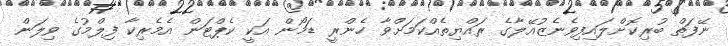
ނޭފަތް ބުރިކޮށްލައިފިވެނެޒުއޭލާގެ ރައްޔިތެއްކަމަށްވާ ހެންރީ ޑަމޯން އަކީ ކެޕްޓަން އެމެރިކާ ފިލްމުގެ ވިލަން